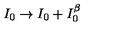
I _ { 0 } \rightarrow I _ { 0 } + I _ { 0 } ^ { \beta }